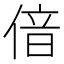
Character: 偣